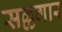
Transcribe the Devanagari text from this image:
सल्लगार